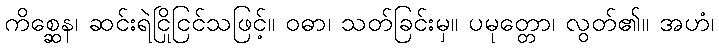
ကိစ္ဆေန၊ ဆင်းရဲငြိုငြင်သဖြင့်။ ဝဓာ၊ သတ်ခြင်းမှ။ ပမုတ္တော၊ လွတ်၏။ အဟံ၊